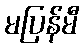
မပြန်မီ